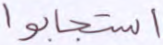
استجابوا